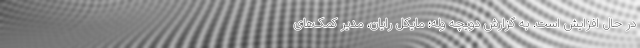
در حال افزایش است. به گزارش دویچه وله؛ مایکل رایان، مدیر کمک‌های